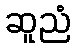
ဆူညံ